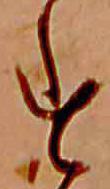
す